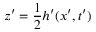
z ^ { \prime } = \frac { 1 } { 2 } h ^ { \prime } ( x ^ { \prime } , t ^ { \prime } )